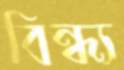
বিন্ধ্য